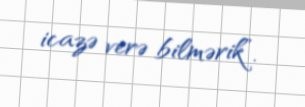
icazə verə bilmərik”.